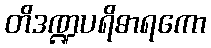
တိဒဏ္ဍပရိဓာရကော